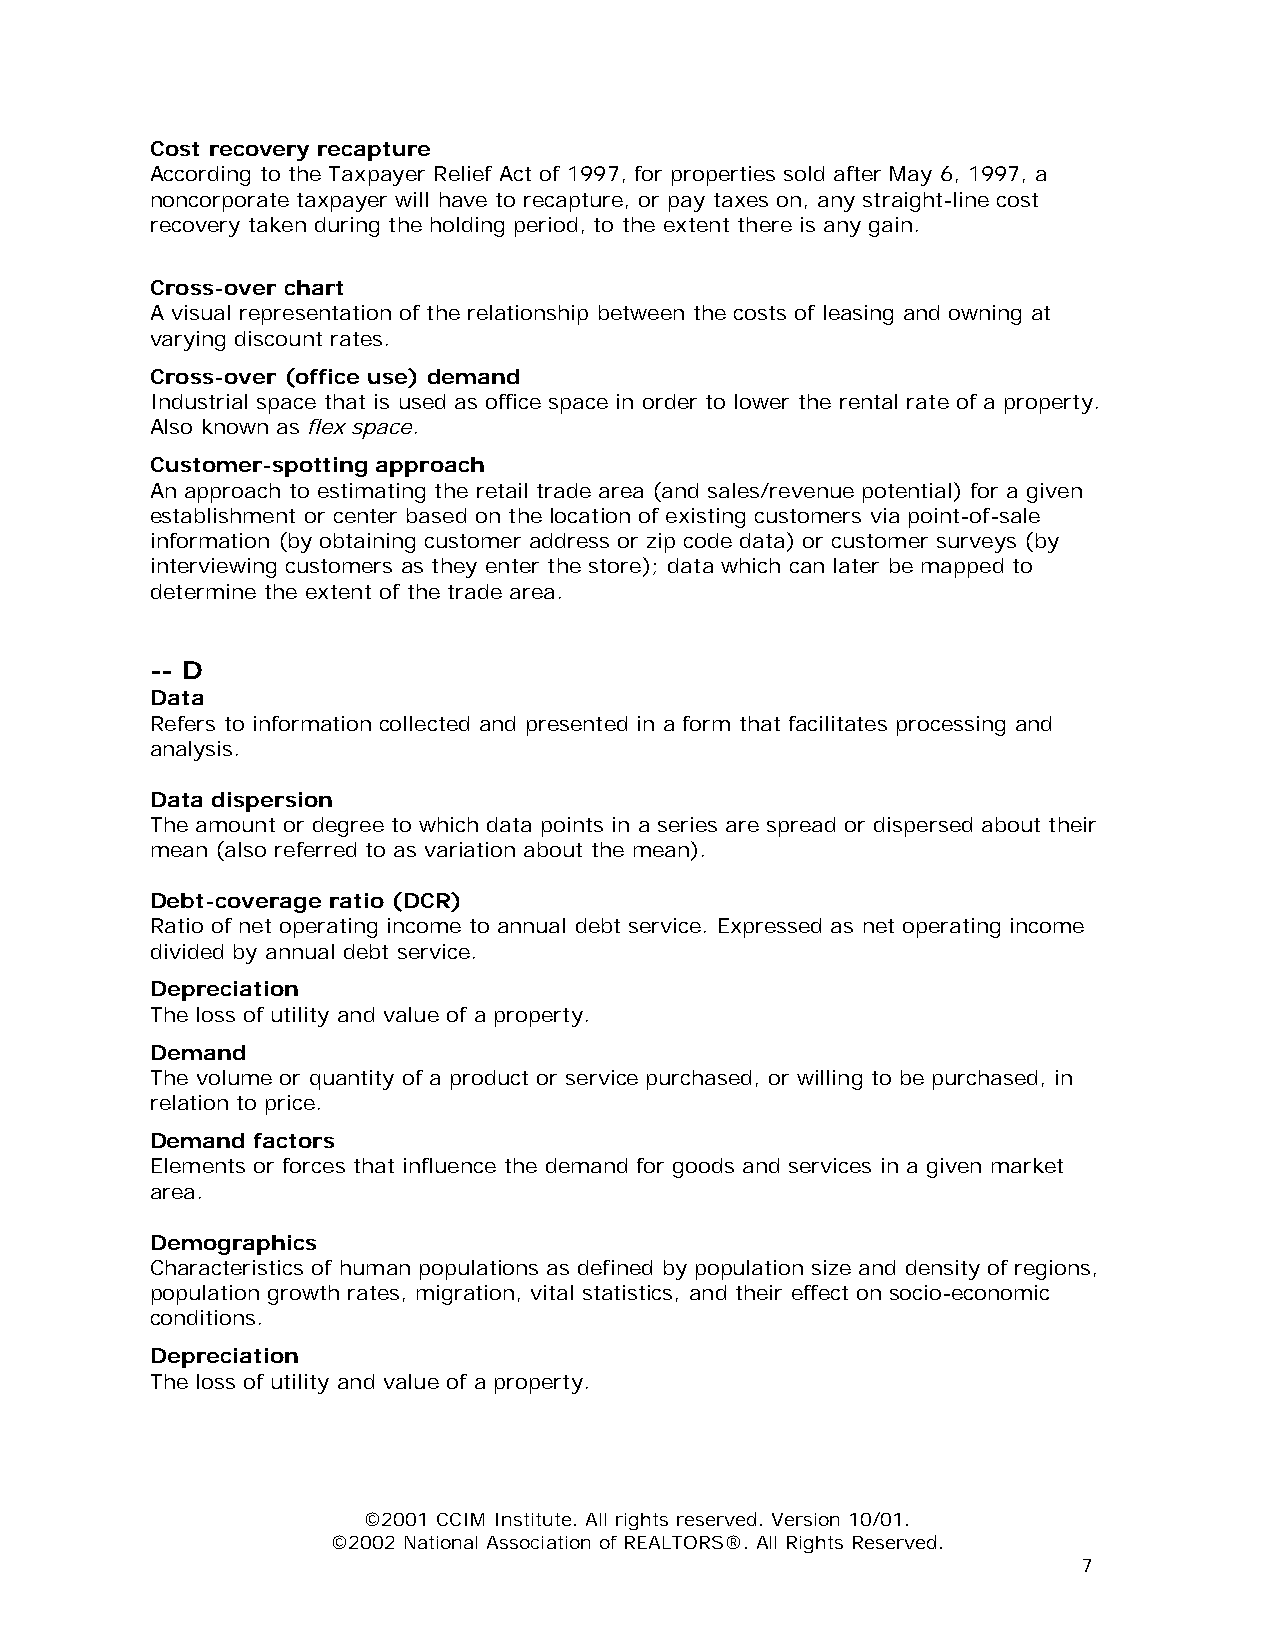
Cost recovery recapture
 According to the Taxpayer Relief Act of 1997, for properties sold after May 6, 1997, a
 noncorporate taxpayer will have to recapture, or pay taxes on, any straight-line cost
 recovery taken during the holding period, to the extent there is any gain.
 Cross-over chart
 A visual representation of the relationship between the costs of leasing and owning at
 varying discount rates.
 Cross-over (office use) demand
 Industrial space that is used as office space in order to lower the rental rate of a property.
 Also known as flex space.
 Customer-spotting approach
 An approach to estimating the retail trade area (and sales/revenue potential) for a given
 establishment or center based on the location of existing customers via point-of-sale
 information (by obtaining customer address or zip code data) or customer surveys (by
 interviewing customers as they enter the store); data which can later be mapped to
 determine the extent of the trade area.
 -- D
 Data
 Refers to information collected and presented in a form that facilitates processing and
 analysis.
 Data dispersion
 The amount or degree to which data points in a series are spread or dispersed about their
 mean (also referred to as variation about the mean).
 Debt-coverage ratio (DCR)
 Ratio of net operating income to annual debt service. Expressed as net operating income
 divided by annual debt service.
 Depreciation
 The loss of utility and value of a property.
 Demand
 The volume or quantity of a product or service purchased, or willing to be purchased, in
 relation to price.
 Demand factors
 Elements or forces that influence the demand for goods and services in a given market
 area.
 Demographics
 Characteristics of human populations as defined by population size and density of regions,
 population growth rates, migration, vital statistics, and their effect on socio-economic
 conditions.
 Depreciation
 The loss of utility and value of a property.
 ©2001 CCIM Institute. All rights reserved. Version 10/01.
 ©2002 National Association of REALTORS®. All Rights Reserved.
 7